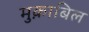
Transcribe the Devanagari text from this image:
मुक़ाबिल